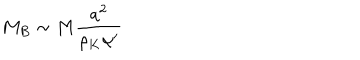
LaTeX: M _ { B } \sim M \frac { a ^ { 2 } } { \rho _ { K } \alpha ^ { \prime } }